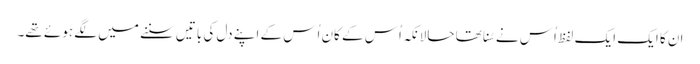
ان کا ایک ایک لفظ اُس نے سُنا تھا حالانکہ اُس کے کان اُس کے اپنے دل کی باتیں سننے میں لگے ہوئے تھے۔